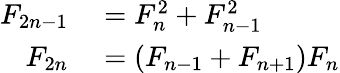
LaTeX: \begin{array}{rl}{F_{2n-1}}&{{}=F_{n}^{2}+F_{n-1}^{2}}\\ {F_{2n}}&{{}=(F_{n-1}+F_{n+1})F_{n}}\end{array}